Report of the Indian Hemp Drugs Commission, 1894-1895 - Volume VIII
Year: 1894
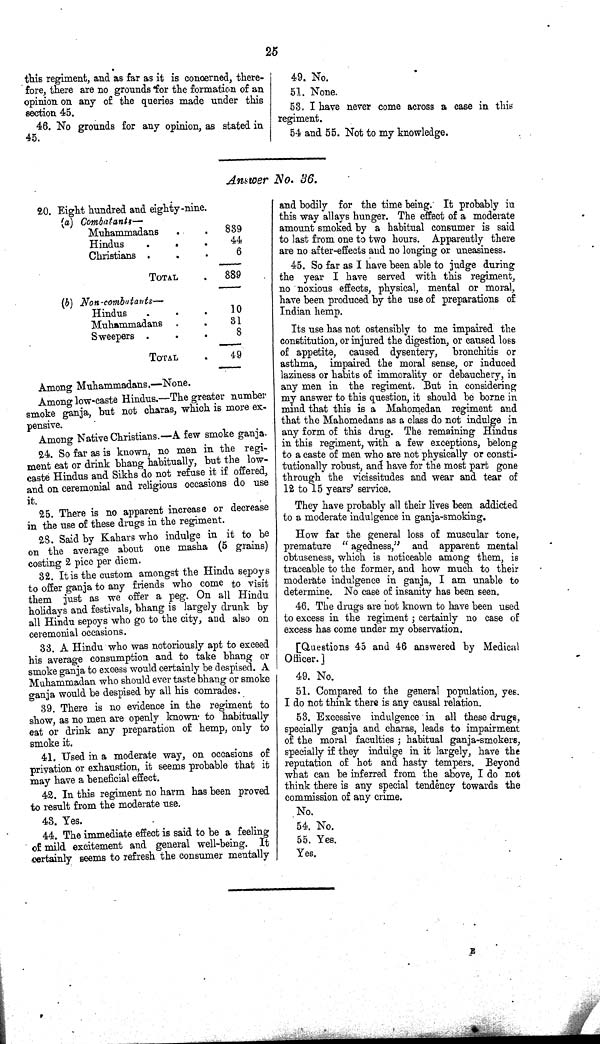
25
this regiment, and as far as it is concerned, there-
fore, there are no grounds for the formation of an
opinion on any of the queries made under this
section 45.
46. No grounds for any opinion, as stated in
45.
49. No.
51. None.
53. I have never come across a case in this
regiment.
54 and 55. Not to my knowledge.
Answer No. 36.
20. Eight hundred and eighty-
nine.
(a)
Combatants—
Muhammadans
839
Hindus
44
Christians
6
TOTAL
889
(b) Non-combatants—
Hindus
10
Muhammadans
31
Sweepers
8
TOTAL
49
Among Muhammadans.—None.
Among low-caste Hindus.—The greater number
smoke ganja, but not charas, which is more ex-
pensive.
Among Native Christians.—A few smoke ganja.
24. So far as is known, no men in the regi-
ment eat or drink bhang habitually, but the low-
caste Hindus and Sikhs do not refuse it if offered,
and on ceremonial and religious occasions do use
it.
25. There is no apparent increase or decrease
in the use of these drugs in the regiment.
28. Said by Kahars who indulge in it to be
on the average about one masha (5 grains)
costing 2 pice per diem.
32. It is the custom amongst the Hindu sepoys
to offer ganja to any friends who come to visit
them just as we offer a peg. On all Hindu
holidays and festivals, bhang is largely drunk by
all Hindu sepoys who go to the city, and also on
ceremonial occasions.
33. A Hindu who was notoriously apt to exceed
his average consumption and to take bhang or
smoke ganja to excess would certainly be despised. A
Muhammadan who should ever taste bhang or smoke
ganja would be despised by all his comrades.
39. There is no evidence in the regiment to
show, as no men are openly known to habitually
eat or drink any preparation of hemp, only to
smoke it.
41. Used in a moderate way, on occasions of
privation or exhaustion, it seems probable that it
may have a beneficial effect.
42. In this regiment no harm has been proved
to result from the moderate use.
43. Yes.
44. The immediate effect is said to be a feeling
of mild excitement and general well-being. It
certainly seems to refresh the consumer mentally
and bodily for the time being. It probably in
this way allays hunger. The effect of a moderate
amount smoked by a habitual consumer is said
to last from one to two hours. Apparently there
are no after-effects and no longing or uneasiness.
45. So far as I have been able to judge during
the year I have served with this regiment,
no noxious effects, physical, mental or moral,
have been produced by the use of preparations of
Indian hemp.
Its use has not ostensibly to me impaired the
constitution, or injured the digestion, or caused loss
of appetite, caused dysentery, bronchitis or
asthma, impaired the moral sense, or induced
laziness or habits of immorality or debauchery, in
any men in the regiment. But in considering
my answer to this question, it should be borne in
mind that this is a Mahomedan regiment and
that the Mahomedans as a class do not indulge in
any form of this drug. The remaining Hindus
in this regiment, with a few exceptions, belong
to a caste of men who are not physically or consti-
tutionally robust, and have for the most part gone
through the vicissitudes and wear and tear of
12 to 15 years' service.
They have probably all their lives been addicted
to a moderate indulgence in ganja-smoking.
How far the general loss of muscular tone,
premature "agedness," and apparent mental
obtuseness, which is noticeable among them, is
traceable to the former, and how much to their
moderate indulgence in ganja, I am unable to
determine. No case of insanity has been seen.
46. The drugs are not known to have been used
to excess in the regiment; certainly no case of
excess has come under my observation.
[Questions 45 and 46 answered by Medical
Officer.]
49. No.
51. Compared to the general population, yes.
I do not think there is any causal relation.
53. Excessive indulgence in all these drugs,
specially ganja and charas, leads to impairment
of the moral faculties; habitual ganja-smokers,
specially if they indulge in it largely, have the
reputation of hot and hasty tempers. Beyond
what can be inferred from the above, I do not
think there is any special tendency towards the
commission of any crime.
No.
54. No.
55. Yes.
Yes.